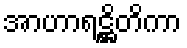
အာဟာရဋ္ဌိတိကာ